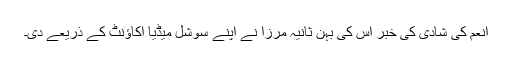
انعم کی شادی کی خبر اس کی بہن ثانیہ مرزا نے اپنے سوشل میڈیا اکاؤنٹ کے ذریعے دی۔